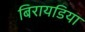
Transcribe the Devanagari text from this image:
बिरायडिया